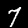
Label: 7